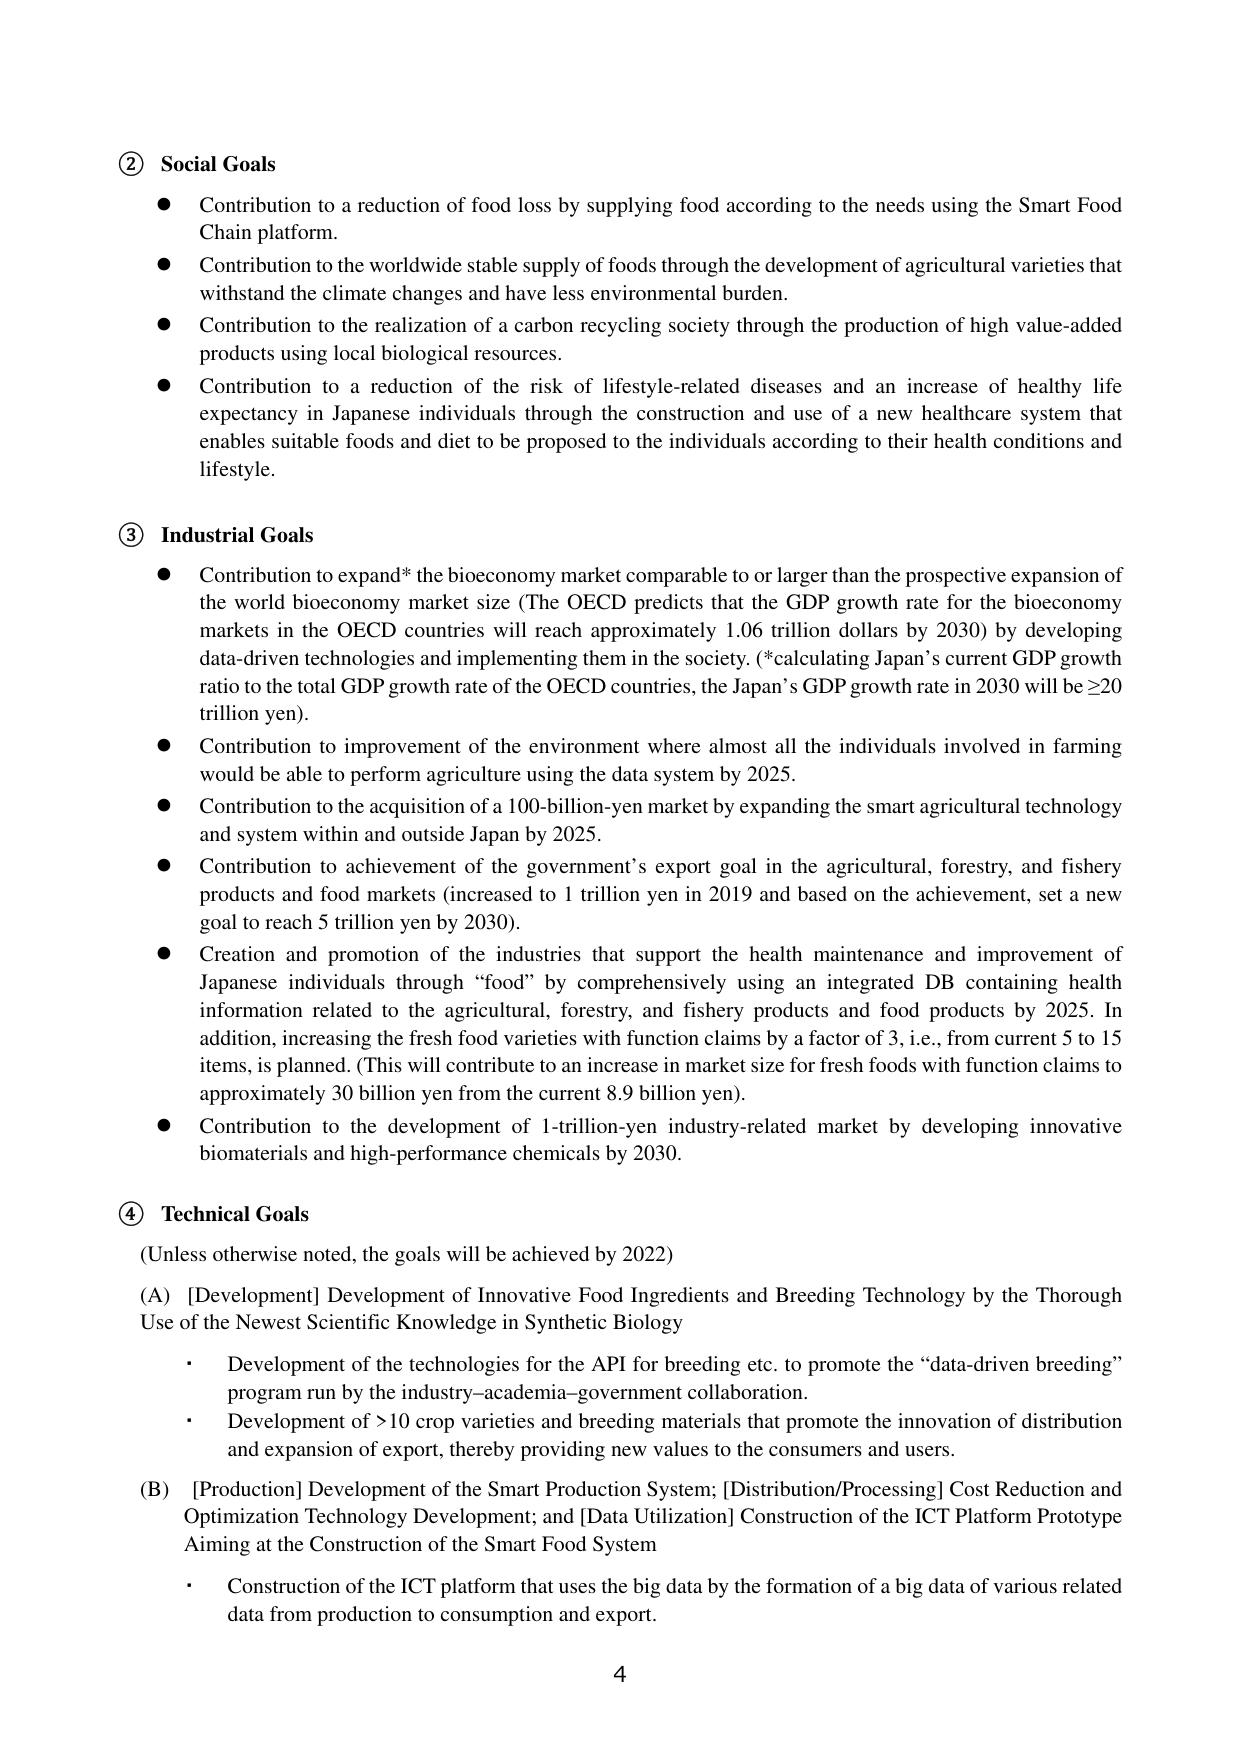
② Social Goals
● Contribution to a reduction of food loss by supplying food according to the needs using the Smart Food Chain platform.
● Contribution to the worldwide stable supply of foods through the development of agricultural varieties that withstand the climate changes and have less environmental burden.
● Contribution to the realization of a carbon recycling society through the production of high value-added products using local biological resources.
● Contribution to a reduction of the risk of lifestyle-related diseases and an increase of healthy life expectancy in Japanese individuals through the construction and use of a new healthcare system that enables suitable foods and diet to be proposed to the individuals according to their health conditions and lifestyle.

③ Industrial Goals
● Contribution to expand* the bioeconomy market comparable to or larger than the prospective expansion of the world bioeconomy market size (The OECD predicts that the GDP growth rate for the bioeconomy markets in the OECD countries will reach approximately 1.06 trillion dollars by 2030) by developing data-driven technologies and implementing them in the society. (*calculating Japan’s current GDP growth ratio to the total GDP growth rate of the OECD countries, the Japan’s GDP growth rate in 2030 will be ≥20 trillion yen).
● Contribution to improvement of the environment where almost all the individuals involved in farming would be able to perform agriculture using the data system by 2025.
● Contribution to the acquisition of a 100-billion-yen market by expanding the smart agricultural technology and system within and outside Japan by 2025.
● Contribution to achievement of the government’s export goal in the agricultural, forestry, and fishery products and food markets (increased to 1 trillion yen in 2019 and based on the achievement, set a new goal to reach 5 trillion yen by 2030).
● Creation and promotion of the industries that support the health maintenance and improvement of Japanese individuals through “food” by comprehensively using an integrated DB containing health information related to the agricultural, forestry, and fishery products and food products by 2025. In addition, increasing the fresh food varieties with function claims by a factor of 3, i.e., from current 5 to 15 items, is planned. (This will contribute to an increase in market size for fresh foods with function claims to approximately 30 billion yen from the current 8.9 billion yen).
● Contribution to the development of 1-trillion-yen industry-related market by developing innovative biomaterials and high-performance chemicals by 2030.

④ Technical Goals
(Unless otherwise noted, the goals will be achieved by 2022)
(A) [Development] Development of Innovative Food Ingredients and Breeding Technology by the Thorough Use of the Newest Scientific Knowledge in Synthetic Biology
· Development of the technologies for the API for breeding etc. to promote the “data-driven breeding” program run by the industry–academia–government collaboration.
· Development of >10 crop varieties and breeding materials that promote the innovation of distribution and expansion of export, thereby providing new values to the consumers and users.
(B) [Production] Development of the Smart Production System; [Distribution/Processing] Cost Reduction and Optimization Technology Development; and [Data Utilization] Construction of the ICT Platform Prototype Aiming at the Construction of the Smart Food System
· Construction of the ICT platform that uses the big data by the formation of a big data of various related data from production to consumption and export.

4